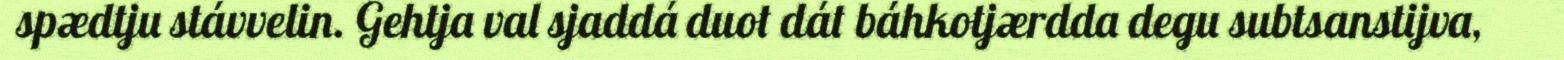
spædtju stávvelin. Gehtja val sjaddá duot dát báhkotjærdda degu subtsanstijva,